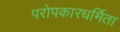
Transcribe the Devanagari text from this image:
परोपकारधर्मिता